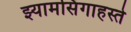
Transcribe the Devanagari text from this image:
झ्यामसिंगाहस्ते